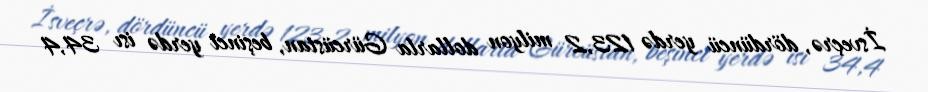
İsveçrə, dördüncü yerdə 123,2 milyon dollarla Gürcüstan, beşinci yerdə isı 34,4